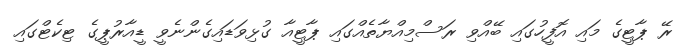
ރޭ ޕާޓީގެ މައި އޮފީހުގައި ބޭއްވި ރަސްމިއްޔާތެއްގައި ޕާޓީއާ ގުޅިވަޑައިގެންނެވީ ޑީއާރުޕީގެ ޓިކެޓްގައި